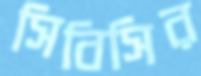
সিবিসির